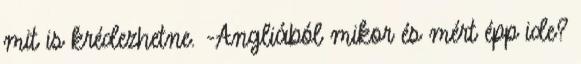
mit is krédezhetne. -Angliából mikor és mért épp ide?